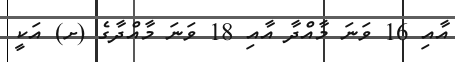
އާއި 16 ވަނަ މާއްދާ އާއި 18 ވަނަ މާއްދާގެ (ށ) އަކީ